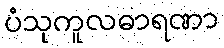
ပံသုကူလဓာရဏာ